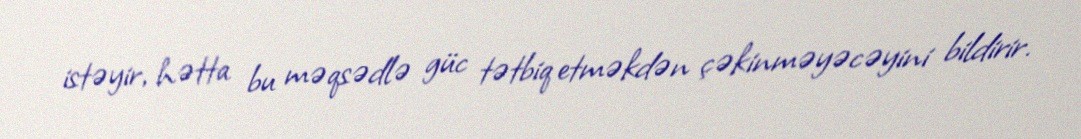
istəyir, hətta bu məqsədlə güc tətbiq etməkdən çəkinməyəcəyini bildirir.